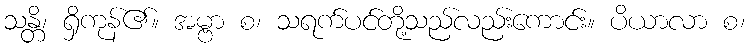
သန္တိ၊ ရှိကုန်၏။ အမ္ဗာ စ၊ သရက်ပင်တို့သည်လည်းကောင်း။ ပိယာလာ စ၊